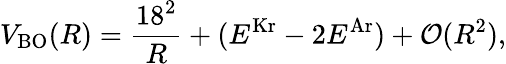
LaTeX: V_{\mathrm{BO}}(R)=\frac{18^{2}}{R}+(E^{\mathrm{Kr}}-2E^{\mathrm{Ar}})+\mathcal{O}(R^{2}),